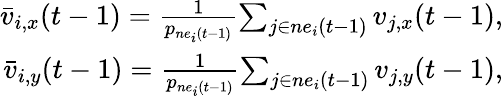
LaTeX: \begin{array}{r}{\bar{v}_{i,x}(t-1)=\frac{1}{p_{ne_{i}(t-1)}}{\sum_{j\in ne_{i}(t-1)}v_{j,x}(t-1)},}\\ {\bar{v}_{i,y}(t-1)=\frac{1}{p_{ne_{i}(t-1)}}{\sum_{j\in ne_{i}(t-1)}v_{j,y}(t-1)},}\end{array}